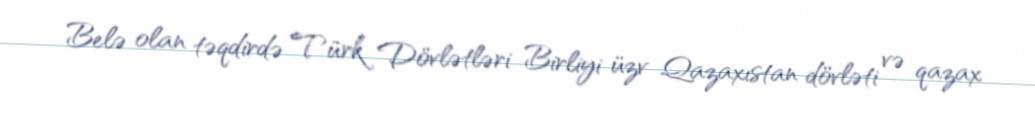
Belə olan təqdirdə Türk Dövlətləri Birliyi üzv Qazaxıstan dövləti və qazax